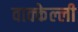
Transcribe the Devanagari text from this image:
वाक्केल्ली